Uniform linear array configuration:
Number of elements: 24
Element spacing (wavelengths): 0.25
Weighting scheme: blackman
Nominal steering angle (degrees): -30
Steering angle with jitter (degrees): -31.501
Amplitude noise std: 0.05
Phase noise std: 0.05

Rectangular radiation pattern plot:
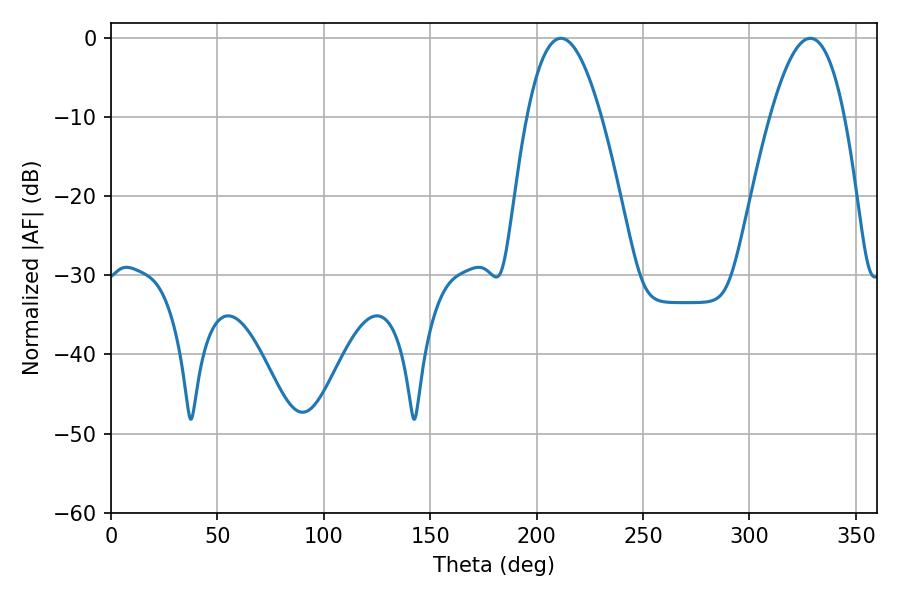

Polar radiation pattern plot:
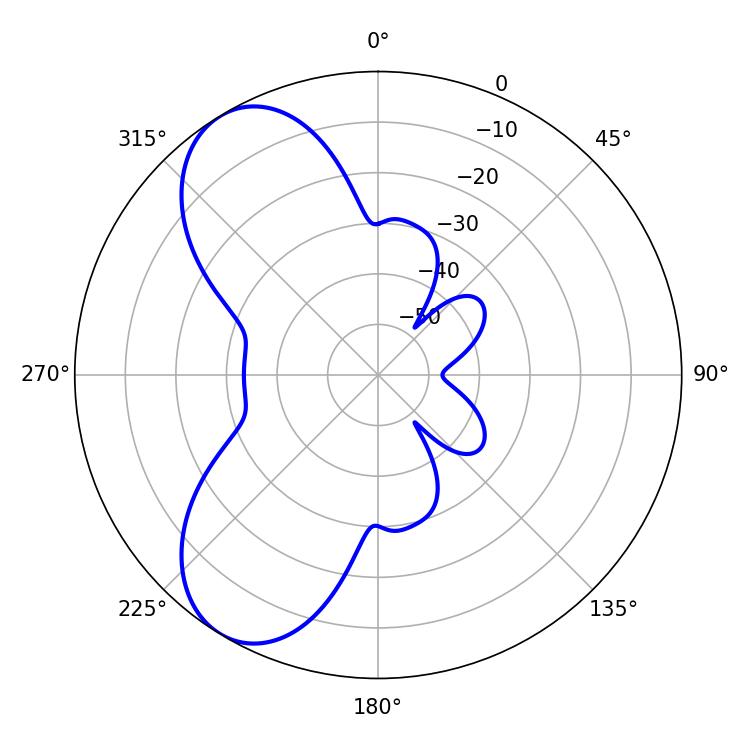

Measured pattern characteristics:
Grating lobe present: FALSE
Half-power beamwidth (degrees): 19.08
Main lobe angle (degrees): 211.32